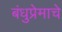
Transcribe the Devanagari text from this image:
बंधुप्रेमाचे